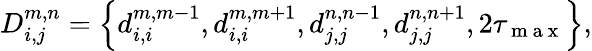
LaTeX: D_{i,j}^{m,n}=\left\{ d_{i,i}^{m,m-1},d_{i,i}^{m,m+1},d_{j,j}^{n,n-1},d_{j,j}^{n,n+1},2{\tau_{\mathrm{~m~a~x~}}}\right\} ,